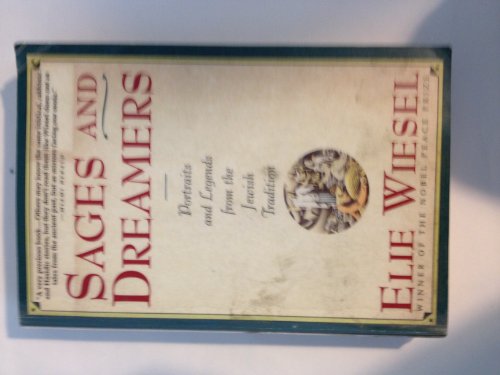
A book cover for Sages and Dreamers: Portraits and Legends from the Jewish Traditions; Elie Wiesel; Religion & Spirituality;